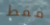
فقط